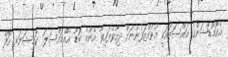
އެކޮމޮޑޭޝަންގެ މައްސަލައަކީ މުވައްޒަފުންނަށް ދިމާވެފައިވާ އެންމެ ބޮޑު އެއްމައްސަލަ  ކޮމިޝަނަރ އޮފް